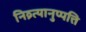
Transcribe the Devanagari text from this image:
निव्र्त्यानुप्पत्ति